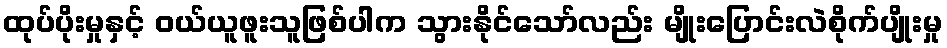
ထုပ်ပိုးမှုနှင့် ဝယ်ယူဖူးသူဖြစ်ပါက သွားနိုင်သော်လည်း မျိုးပြောင်းလဲစိုက်ပျိုးမှု